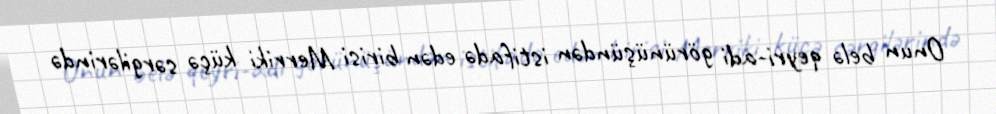
Onun belə qeyri-adi görünüşündən istifadə edən birisi Merriki küçə sərgilərində